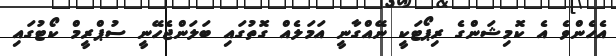
އެހެންވެ އެ ކޮމިޝަންގެ ރިޕޯޓަކީ ނޭއްގާނީ އަމަލެއް ގޮތުގައި ބަލަންޖެހޭނީ ސުޕްރީމް ކޯޓުގައި